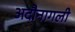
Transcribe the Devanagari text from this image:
अदौनागली